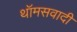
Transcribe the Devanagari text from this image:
थॉमसवादी